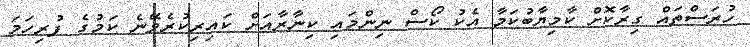
ހުރަސްތައް ގިރާކޮށް ކާމިޔާބުކަމާ އެކު ކޯސް ނިންމައި ކިނާރާއަށް ކައިރިކުރެވޭނެ ކަމުގެ ފުރިހަމަ